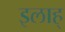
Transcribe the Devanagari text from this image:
इलाह्